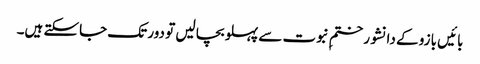
بائیں بازو کے دانشور ختمِ نبوت سے پہلو بچا لیں تو دور تک جاسکتے ہیں۔